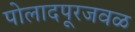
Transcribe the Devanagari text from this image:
पोलादपूरजवळ